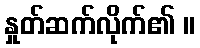
နှုတ်ဆက်လိုက်၏ ။